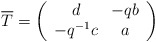
\begin{align*}\overline{T}=\left(\begin{array}{cc} d & -qb \\ -q^{-1}c & a\end{array}\right)\end{align*}